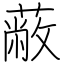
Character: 蔽